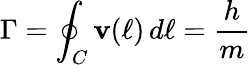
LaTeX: \Gamma=\oint_{C}{\mathbf v}(\ell)\, d\ell=\frac{h}{m}